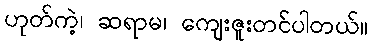
ဟုတ်ကဲ့၊ ဆရာမ၊ ကျေးဇူးတင်ပါတယ်။